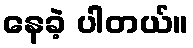
နေခဲ့ ပါတယ်။